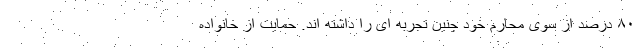
۸۰ درصد از سوی محارم خود چنین تجربه ای را داشته اند. حمایت از خانواده